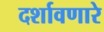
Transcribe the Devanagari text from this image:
दर्शावणारे